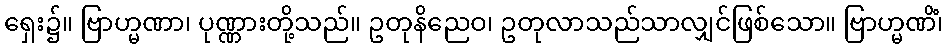
ရှေး၌။ ဗြာဟ္မဏာ၊ ပုဏ္ဏားတို့သည်။ ဥတုနိညေဝ၊ ဥတုလာသည်သာလျှင်ဖြစ်သော။ ဗြာဟ္မဏိံ၊